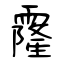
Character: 霳